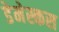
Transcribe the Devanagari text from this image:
डेमेस्कस